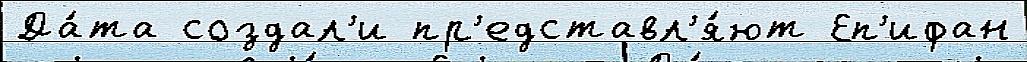
Да́та создал'и пр'едставл'я́ют Еп'ифан